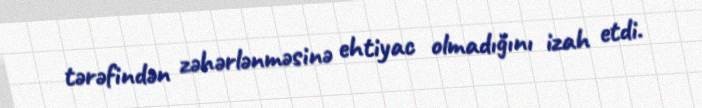
tərəfindən zəhərlənməsinə ehtiyac olmadığını izah etdi.